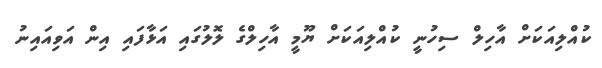
ކުއްލިއަކަށް އާހިލް ސިހުނީ ކުއްލިއަކަށް ޔޫމީ އާހިލްގެ ލޮލުގައި އަޅާފައި އިން އަވިއައިނު